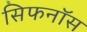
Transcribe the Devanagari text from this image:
सिफनॉस